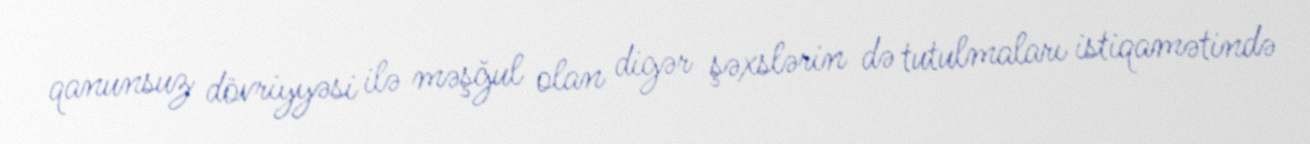
qanunsuz dövriyyəsi ilə məşğul olan digər şəxslərin də tutulmaları istiqamətində